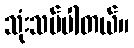
သုံးသပ်ပါတယ်။